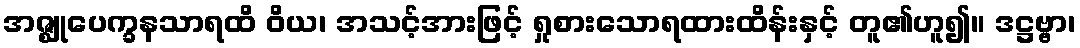
အဇ္ဈုပေက္ခနသာရထိ ဝိယ၊ အသင့်အားဖြင့် ရှုစားသောရထားထိန်းနှင့် တူ၏ဟူ၍။ ဒဋ္ဌဗ္ဗာ၊